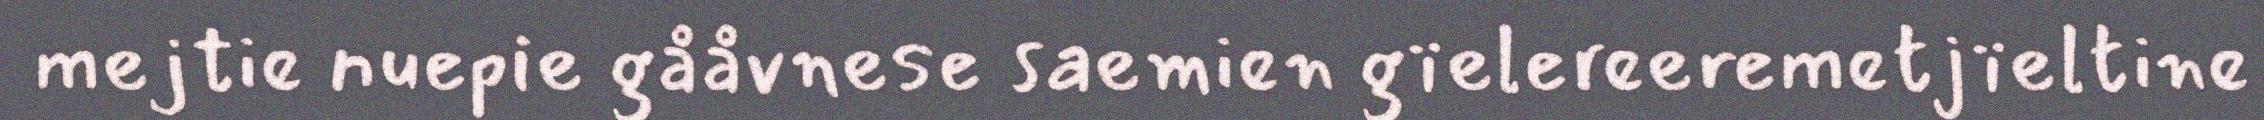
mejtie nuepie gååvnese saemien gïelereeremetjïeltine